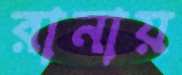
রানায়